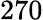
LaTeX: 270